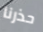
حذرنا